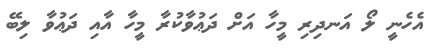
އެހެނީ ލޯ އަނދިރި މީހާ އަށް ދަޢުވާކުރާ މީހާ އާއި ދަޢުވާ ލިބޭ